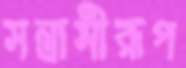
সন্ত্রাসীরূপ